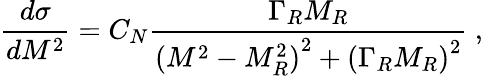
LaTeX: \frac{d\sigma}{dM^{2}}={C_{N}}\frac{\Gamma_{R}M_{R}}{{(M^{2}-{M_{R}^{2}})}^{2}+{(\Gamma_{R}M_{R})}^{2}}\ ,